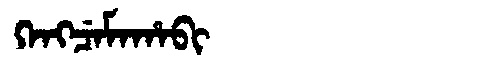
Manchu: ᡴᡝᠩᠴᡝᠮᠠᡥᠠᠪᡳ
Romanization: KENGCEMAHABI